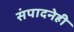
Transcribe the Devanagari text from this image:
संपादनेही